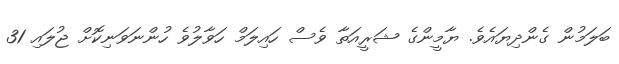
ބަލަމުން ގެންދިޔައެވެ. ޔާމީންގެ ޝަރީއަތާ ވެސް ހައިލަމް ހަވާލުވެ ހުންނަވަނިކޮށް ޖުލައި 31